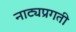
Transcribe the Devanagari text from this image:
नाट्यप्रगती